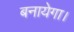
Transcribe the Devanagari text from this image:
बनायेगा।